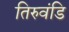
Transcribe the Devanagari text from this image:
तिरुवंडि